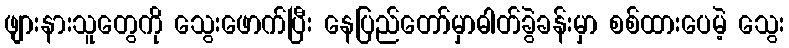
ဖျားနားသူတွေကို သွေးဖောက်ပြီး နေပြည်တော်မှာဓါတ်ခွဲခန်းမှာ စစ်ထားပေမဲ့ သွေး